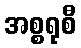
အစ္စရုစီ